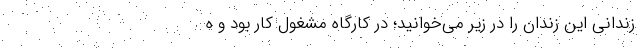
زندانی این زندان را در زیر می‌خوانید؛ در کارگاه مشغول کار بود و ه